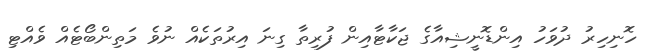
ހޮނިހިރު ދުވަހު އިންޑޮނީޝިއާގެ ޖަކާޓާއިން ފުރިތާ ގިނަ އިރުތަކެއް ނުވެ މަތިންބޯޓެއް ވެއްޓި